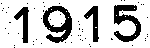
1915